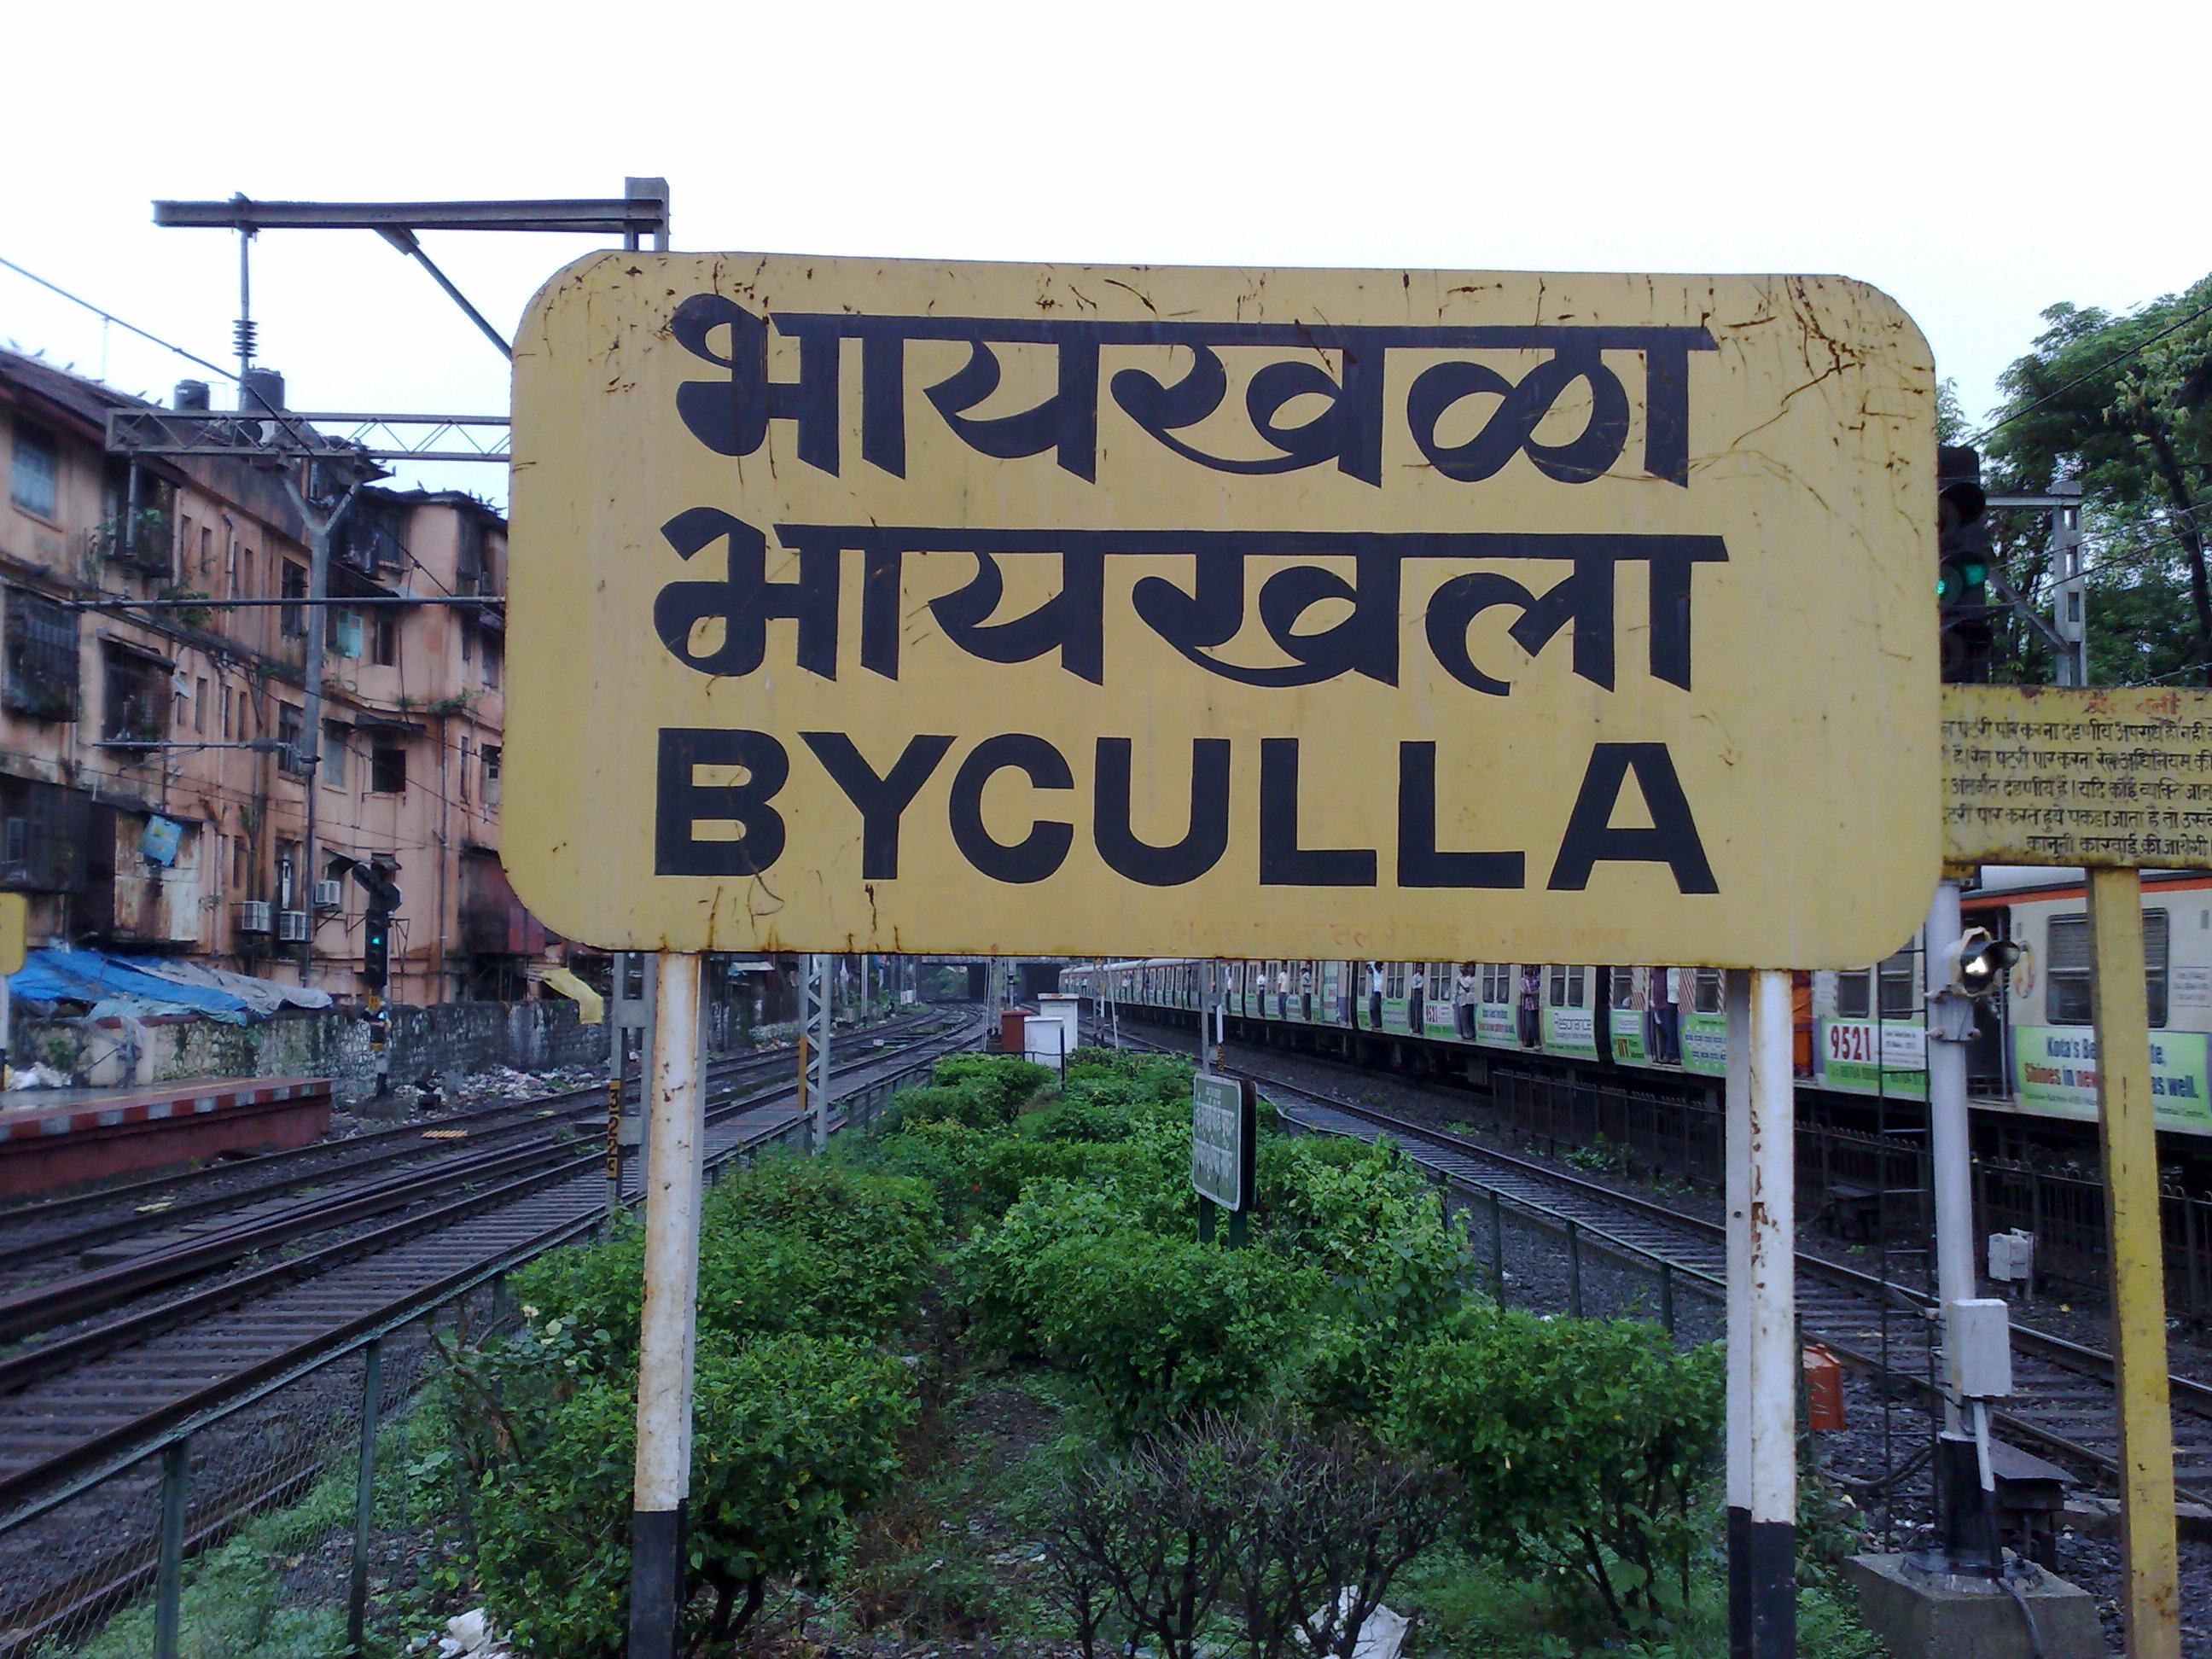
Language: marathi
Transcription: भायखळा